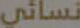
نسائي